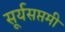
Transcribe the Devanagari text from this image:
सूर्यसप्तमी